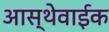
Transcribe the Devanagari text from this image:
आस्थेवाईक